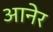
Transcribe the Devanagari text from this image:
आनेर